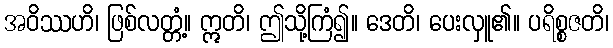
အဝိဿဟိ၊ ဖြစ်လတ္တံ့။ ဣတိ၊ ဤသို့ကြံ၍။ ဒေတိ၊ ပေးလှူ၏။ ပရိစ္စဇတိ၊